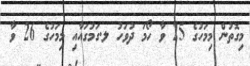
މިގޮތުން މިމަހުގެ 25 ވާ ހޯމަ ދުވަހު ލ.ގަމުގައާއި މިމަހުގެ 26 ވާ